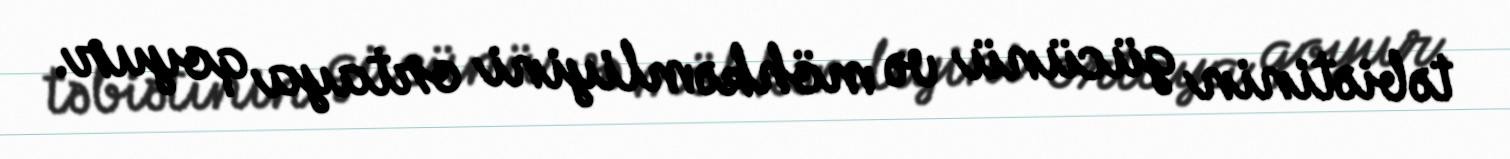
təbiətinin gücünü və möhkəmliyini ortaya qoyur.